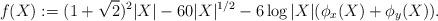
LaTeX: \begin{align*}f(X):=(1+\sqrt{2})^2|X|-60|X|^{1/2}-6\log{|X|}(\phi_x(X) + \phi_y(X)).\end{align*}